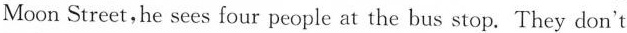
Moon Street,he sees four people at the bus stop. They don't